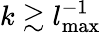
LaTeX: k\gtrsim l_{\mathrm{max}}^{-1}